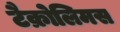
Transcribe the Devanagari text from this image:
टैक्रोलिमस